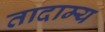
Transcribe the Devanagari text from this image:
तादाम्य